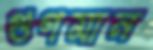
গুণমান